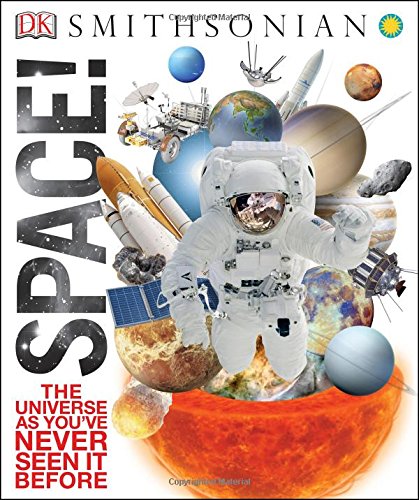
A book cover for Space!; DK; Children's Books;